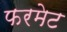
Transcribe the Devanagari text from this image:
फरमेट